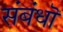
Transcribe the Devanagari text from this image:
संबंधॊ